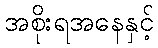
အစိုးရအနေနှင့်